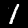
Label: 1